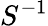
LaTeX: S^{-1}